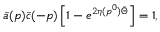
\bar { a } ( p ) \bar { c } ( - p ) \left[ 1 - e ^ { 2 \eta ( p ^ { 0 } ) \bar { \Theta } } \right] = 1 ,